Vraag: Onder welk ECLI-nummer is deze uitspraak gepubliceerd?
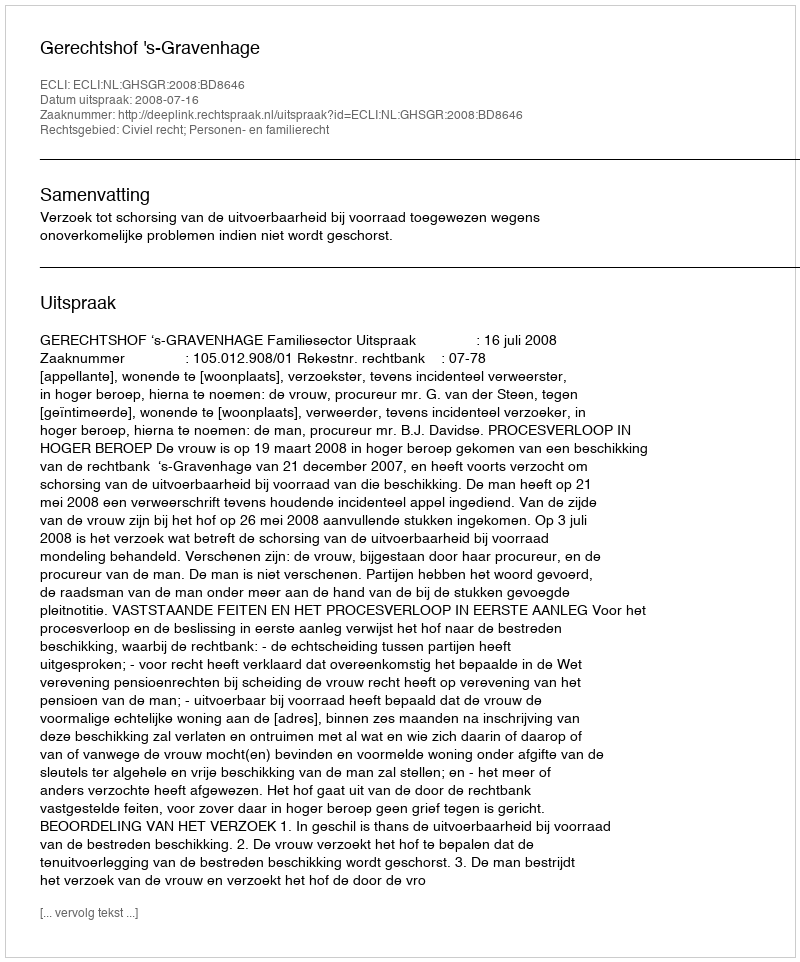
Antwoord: ECLI:NL:GHSGR:2008:BD8646